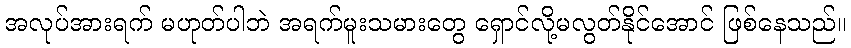
အလုပ်အားရက် မဟုတ်ပါဘဲ အရက်မူးသမားတွေ ရှောင်လို့မလွတ်နိုင်အောင် ဖြစ်နေသည်။